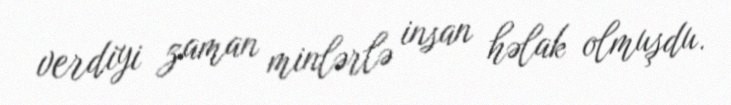
verdiyi zaman minlərlə insan həlak olmuşdu.